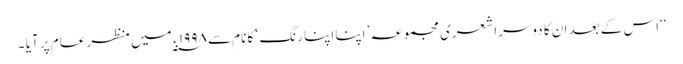
‘‘اس کے بعد ان کا دوسرا شعری مجموعہ ’ اپنا اپنا رنگ ‘ کا نام سے ۱۹۹۸ ء ؁ میں منظر عام پر آیا ۔